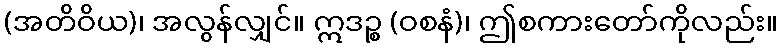
(အတိဝိယ)၊ အလွန်လျှင်။ ဣဒဉ္စ (ဝစနံ)၊ ဤစကားတော်ကိုလည်း။